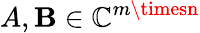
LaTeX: A,\mathbf{B}\in\mathbb{{C}}^{m\timesn}